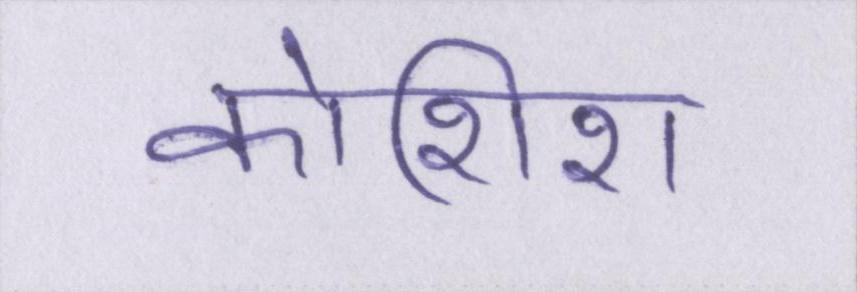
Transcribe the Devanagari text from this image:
कोशिश